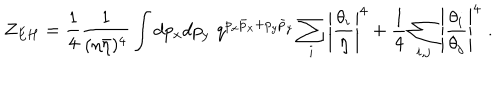
Z _ { E H } = { \frac { 1 } { 4 } } { \frac { 1 } { ( \eta \bar { \eta } ) ^ { 4 } } } \int d p _ { x } d p _ { y } \, \, q ^ { p _ { x } \bar { p } _ { x } + p _ { y } \bar { p } _ { y } } \sum _ { i } \left| { \frac { \theta _ { i } } { \eta } } \right| ^ { 4 } + { \frac { 1 } { 4 } } \sum _ { i , j } \left| { \frac { \theta _ { i } } { \theta _ { j } } } \right| ^ { 4 } \, \, .